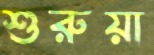
শুরুয়া